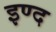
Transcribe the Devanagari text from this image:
इण्द